Plague in India, 1896, 1897 - Volume 1
Year: 1896
Disease focus: Plague
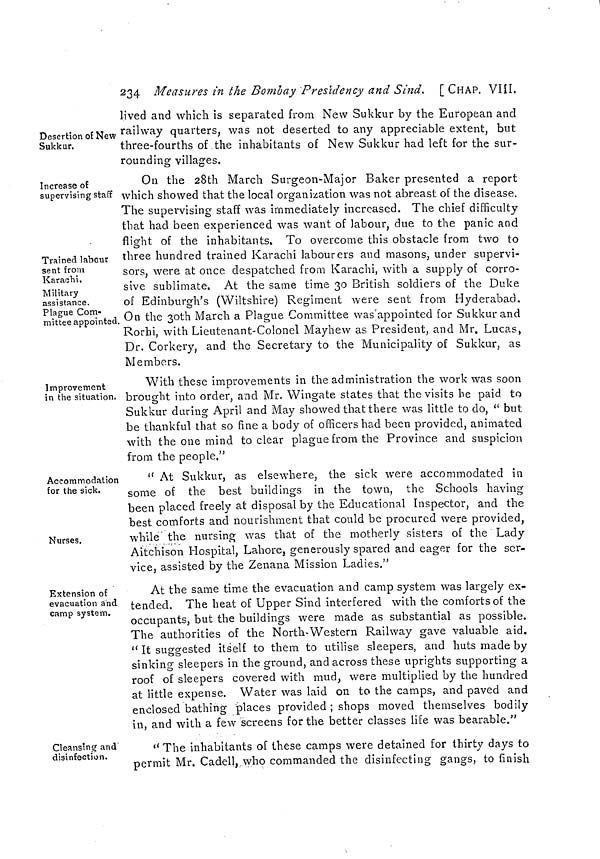
234 Measures in the Bombay Presidency and Sind, [CHAP. VIII.
Desertion of New
Sukkur.
lived and which is separated from New Sukkur by the European and
railway quarters, was not deserted to any appreciable extent, but
three-fourths of the inhabitants of New Sukkur had left for the sur-
rounding villages.
Increase of
supervising staff
Trained labour
sent from
Karachi,
Military
assistance.
Plague Com-
mittee appointed
On the 28th March Surgeon-Major Baker presented a report
which showed that the local organization was not abreast of the disease.
The supervising staff was immediately increased. The chief difficulty
that had been experienced was want of labour, due to the panic and
flight of the inhabitants. To overcome this obstacle from two to
three hundred trained Karachi labourers and masons, under supervi-
sors, were at once despatched from Karachi, with a supply of corro-
sive sublimate. At the same time 30 British soldiers of the Duke
of Edinburgh's (Wiltshire) Regiment were sent from Hyderabad.
On the 3oth March a Plague Committee was appointed for Sukkur and
Rorhi, with Lieutenant-Colonel Mayhew as President, and Mr. Lucas,
Dr. Corkery, and the Secretary to the Municipality of Sukkurj as
Members.
Improvement
in the situation.
With these improvements in the administration the work was soon
brought into order, and Mr. Wingate states that the visits he paid to
Sukkur during April and May showed that there was little to do, " but
be thankful that so fine a body of officers had been provided, animated
with the one mind to clear plague from the Province and suspicion
from the people."
Accommodation
for the sick.
Nurses.
" At Sukkur, as elsewhere, the sick were accommodated in
some of the best buildings in the town, the Schools having
been placed freely at disposal by the Educational Inspector, and the
best comforts and nourishment that could be procured were provided,
while' the nursing was that of the motherly sisters of the Lady
Aitchison Hospital, Lahore, generously spared and eager for the ser-
vice, assisted by the Zenana Mission Ladies."
Extension of
evacuation and
camp system.
At the same time the evacuation and camp system was largely ex-
tended. The heat of Upper Sind interfered with the comforts of the
occupants, but the buildings were made as substantial as possible.
The authorities of the North-Western Railway gave valuable aid.
" It suggested itself to them to utilise sleepers, and huts made by
sinking sleepers in the ground, and across these uprights supporting a
roof of sleepers covered with mud, were multiplied by the hundred
at little expense. Water was laid on to the camps, and paved and
enclosed bathing places provided ; shops moved themselves bodily
in, and with a few screens for the better classes life was bearable."
Cleansing and
disinfection.
" The inhabitants of these camps were detained for thirty days to
permit Mr. Cadell, who commanded the disinfecting gangs, to finish